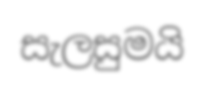
සැලසුමයි